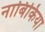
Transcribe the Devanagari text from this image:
नाबिकिया